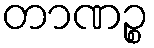
တာဏဉ္စ